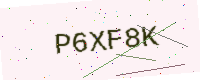
Text: P6XF8K